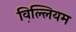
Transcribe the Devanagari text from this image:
व़िल्लियम